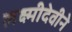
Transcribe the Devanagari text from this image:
लक्ष्मीदेवीने